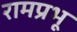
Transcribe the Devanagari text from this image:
रामप्रभू